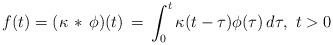
LaTeX: \begin{align*}f(t) = (\kappa\, *\, \phi)(t) \, = \, \int_0^t \kappa(t-\tau)\phi(\tau)\, d\tau,\ t>0\end{align*}